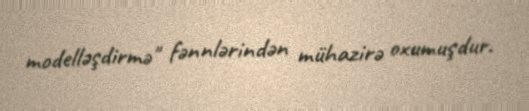
modelləşdirmə" fənnlərindən mühazirə oxumuşdur.